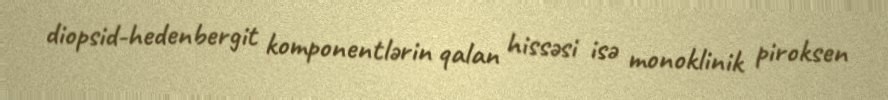
diopsid-hedenbergit komponentlərin qalan hissəsi isə monoklinik piroksen